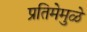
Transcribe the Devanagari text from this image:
प्रतिमेमुळे